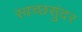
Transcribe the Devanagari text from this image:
स्वच्छसुंदर